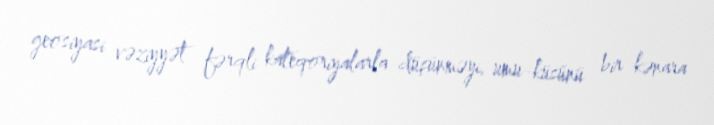
geosiyasi vəziyyət fərqli kateqoriyalarla düşünməyi, umu-küsünü bir kənara